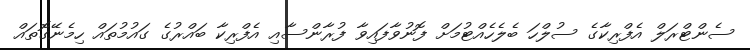
ސެންޓްރަލް އެފްރިކާގެ ސުލްހަ ބެލެހެއްޓުމަށް ފޮނުވާފައިވާ ފުރާންސާއި އެފްރިކާ ބައްރުގެ ގައުމުތައް ހިމެނޭގޮތައް